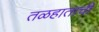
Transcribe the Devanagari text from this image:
तळहाताची